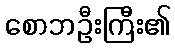
စောဘဦးကြီး၏